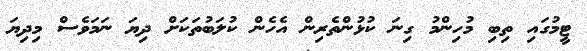
ޓީމުގައި ތިބި މުހިންމު ގިނަ ކުޅުންތެރިން އެހެން ކުލަބުތަކަށް ދިޔަ ނަމަވެސް މިދިޔަ